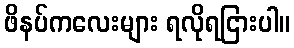
ဖိနပ်ကလေးများ ရလိုရငြားပါ။